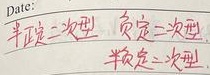
Date:半正定二次型 负定二次型 半负定二次型